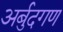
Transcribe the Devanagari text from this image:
अर्बुदगण